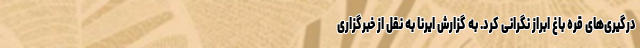
درگیری‌های قره باغ ابراز نگرانی کرد. به گزارش ایرنا به نقل از خبرگزاری